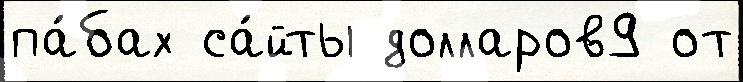
па́бах са́йты долларов9 от